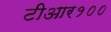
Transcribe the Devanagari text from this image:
टीआर१००